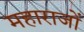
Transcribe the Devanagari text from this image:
महाराजों